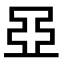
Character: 𬻞